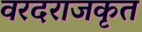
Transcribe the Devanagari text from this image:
वरदराजकृत